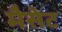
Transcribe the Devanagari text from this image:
मैसेट